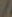
/